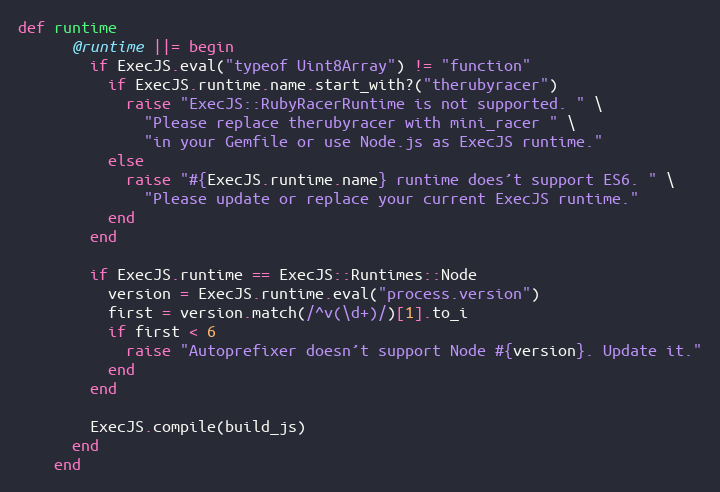
Language: Ruby
def runtime
      @runtime ||= begin
        if ExecJS.eval("typeof Uint8Array") != "function"
          if ExecJS.runtime.name.start_with?("therubyracer")
            raise "ExecJS::RubyRacerRuntime is not supported. " \
              "Please replace therubyracer with mini_racer " \
              "in your Gemfile or use Node.js as ExecJS runtime."
          else
            raise "#{ExecJS.runtime.name} runtime does’t support ES6. " \
              "Please update or replace your current ExecJS runtime."
          end
        end

        if ExecJS.runtime == ExecJS::Runtimes::Node
          version = ExecJS.runtime.eval("process.version")
          first = version.match(/^v(\d+)/)[1].to_i
          if first < 6
            raise "Autoprefixer doesn’t support Node #{version}. Update it."
          end
        end

        ExecJS.compile(build_js)
      end
    end